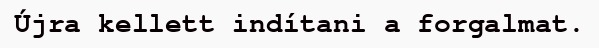
Újra kellett indítani a forgalmat.